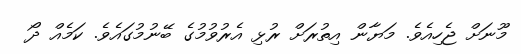
މޫނަށް ޖެހިއެވެ. މަޔާން އިތުރަށް ރުޅި އެރުވުމުގެ ބޭނުމުގައެވެ. ކަމެއް ދޯ